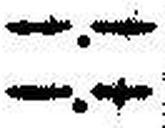
—.—